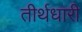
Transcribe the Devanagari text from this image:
तीर्थधारी